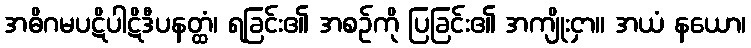
အဓိဂမပဋိပါဋိဒီပနတ္ထံ၊ ရခြင်း၏ အစဉ်ကို ပြခြင်း၏ အကျိုးငှာ။ အယံ နယော၊